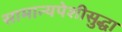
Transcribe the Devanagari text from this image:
सामान्यपेशीसुद्धा